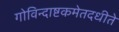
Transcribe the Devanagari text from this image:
गोविन्दाष्टकमेतदधीते